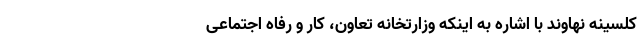
کلسینه نهاوند با اشاره به اینکه وزارتخانه تعاون، کار و رفاه اجتماعی